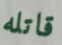
قاتله